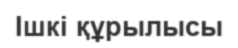
Iшкi құрылысы